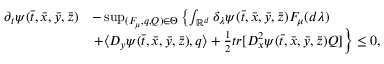
\begin{array} { r l } { \displaystyle \partial _ { t } \psi ( \bar { t } , \bar { x } , \bar { y } , \bar { z } ) } & { - \operatorname* { s u p } _ { ( F _ { \mu } , q , Q ) \in \Theta } \left\{ \int _ { \mathbb { R } ^ { d } } \delta _ { \lambda } \psi ( \bar { t } , \bar { x } , \bar { y } , \bar { z } ) F _ { \mu } ( d \lambda ) \right. } \\ { \displaystyle } & { \left. + \langle D _ { y } \psi ( \bar { t } , \bar { x } , \bar { y } , \bar { z } ) , q \rangle + \frac { 1 } { 2 } t r [ D _ { x } ^ { 2 } \psi ( \bar { t } , \bar { x } , \bar { y } , \bar { z } ) Q ] \right\} \leq 0 , } \end{array}